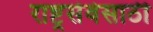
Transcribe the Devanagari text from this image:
राष्ट्रसेवेसाठी